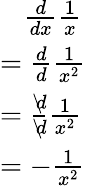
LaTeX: \begin{array}{l}{\; \; \; {\frac{d}{dx}}{\frac{1}{x}}}\\ {={\frac{d}{d}}{\frac{1}{x^{2}}}}\\ {={\frac{d\! \! \! \backslash}{d\! \! \! \backslash}}{\frac{1}{x^{2}}}}\\ {=-{\frac{1}{x^{2}}}}\end{array}